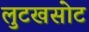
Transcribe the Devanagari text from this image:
लुटखसोट